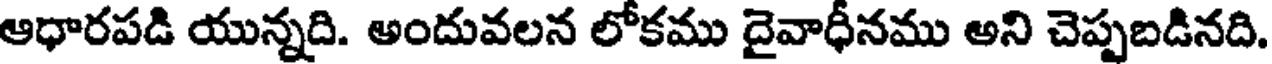
ఆధారపడి యున్నది. అందువలన లోకము దైవాధీనము అని చెప్పబడినది.